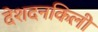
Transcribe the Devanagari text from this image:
देशदनकिली